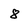
Character: 8